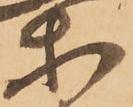
等